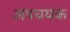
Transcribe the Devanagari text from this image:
अपचयक